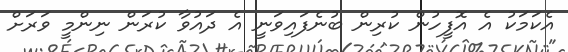
އެކަމަކު އެ އޮފީހުން ކުރިން ބުނެފައިވަނީ އެ ދައުވާ ކުރަން ނިންމީ ވަރަށް